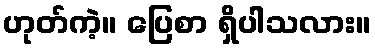
ဟုတ်ကဲ့။ ပြေစာ ရှိပါသလား။